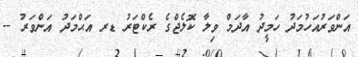
އަންވަރުއަހުމަދު ހަމީދު އާދަމް ވިލާ ކޮލެޖްގެ ރެކްޓަރު ޑރ އަޙްމަދު އަންވަރު --